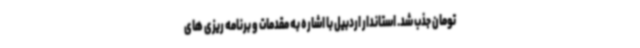
تومان جذب شد. استاندار اردبیل با اشاره به مقدمات و برنامه ریزی های